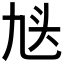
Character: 𬼣